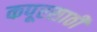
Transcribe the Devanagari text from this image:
कपूरसाठी